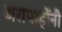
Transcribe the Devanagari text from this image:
अरापाहोंनी